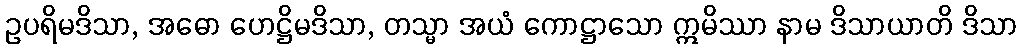
ဥပရိမဒိသာ, အဓော ဟေဋ္ဌိမဒိသာ, တသ္မာ အယံ ကောဋ္ဌာသော ဣမိဿာ နာမ ဒိသာယာတိ ဒိသာ